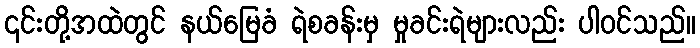
၎င်းတို့အထဲတွင် နယ်မြေခံ ရဲစခန်းမှ မှုခင်းရဲများလည်း ပါဝင်သည်။